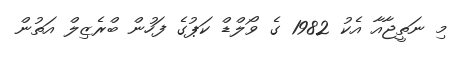
މި ނަތީޖާއާ އެކު 1982 ގެ ވޯލްޑް ކަޕުގެ ފަހުން ބްރެޒިލް އަތުން